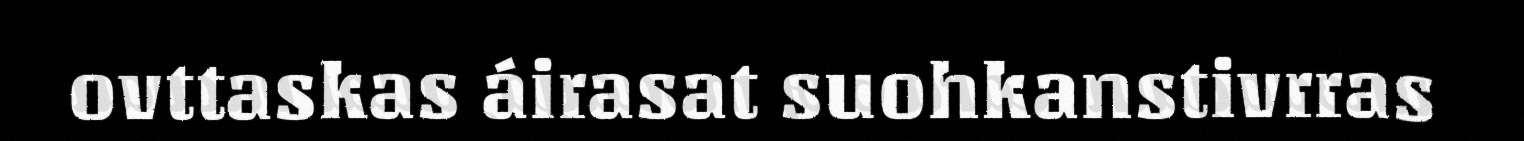
ovttaskas áirasat suohkanstivrras